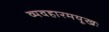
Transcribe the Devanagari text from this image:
व्यवहारमयूखः